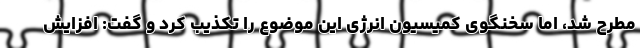
مطرح شد، اما سخنگوی کمیسیون انرژی این موضوع را تکذیب کرد و گفت: افزایش